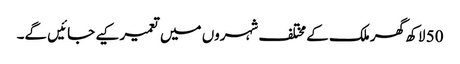
50 لاکھ گھر ملک کے مختلف شہروں میں تعمیر کیے جائیں گے۔